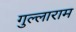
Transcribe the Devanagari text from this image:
गुल्लाराम